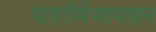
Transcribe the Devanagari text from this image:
पाइरीमेथामाइन